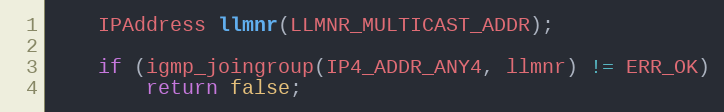
Language: C++
    IPAddress llmnr(LLMNR_MULTICAST_ADDR);

    if (igmp_joingroup(IP4_ADDR_ANY4, llmnr) != ERR_OK)
        return false;